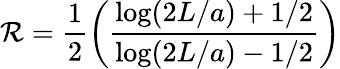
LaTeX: \mathcal{R}=\frac{{1}}{{2}}\left(\frac{{\log(2L/a)+1/2}}{{\log(2L/a)-1/2}}\right)